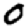
Digit: 0